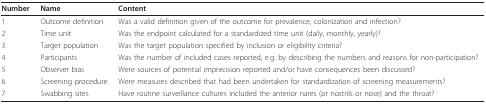
<table><thead><tr><td><b>Number</b></td><td><b>Name</b></td><td><b>Content</b></td></tr></thead><tbody><tr><td>1</td><td>Outcome definition</td><td>Was a valid definition given of the outcome for prevalence, colonization and infection?</td></tr><tr><td>2</td><td>Time unit</td><td>Was the endpoint calculated for a standardized time unit (daily, monthly, yearly)?</td></tr><tr><td>3</td><td>Target population</td><td>Was the target population specified by inclusion or eligibility criteria?</td></tr><tr><td>4</td><td>Participants</td><td>Was the number of included cases reported, e.g. by describing the numbers and reasons for non-participation?</td></tr><tr><td>5</td><td>Observer bias</td><td>Were sources of potential imprecision reported and/or have consequences been discussed?</td></tr><tr><td>6</td><td>Screening procedure</td><td>Were measures described that had been undertaken for standardization of screening measurements?</td></tr><tr><td>7</td><td>Swabbing sites</td><td>Have routine surveillance cultures included the anterior nares (or nostrils or nose) and the throat?</td></tr></tbody></table>